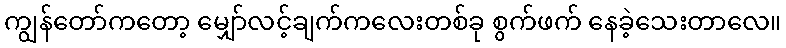
ကျွန်တော်ကတော့ မျှော်လင့်ချက်ကလေးတစ်ခု စွက်ဖက် နေခဲ့သေးတာလေ။